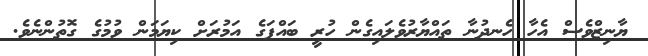
ޔާނިޒްވެސް އެހާ ހެނދުނާ ތައްޔާރުވެލައިގެން ހުރީ ބައްޕަގެ އަމުރަށް ކިޔަމަން ވުމުގެ ގޮތުންނެވެ.